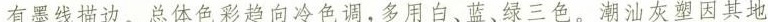
有墨线描边。总体色彩趋向冷色调，多用白、蓝